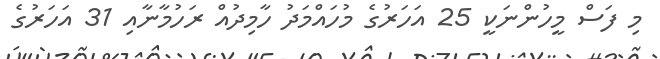
މި ފަސް މީހުންނަކީ 25 އަހަރުގެ މުހައްމަދު ހާމިދުއް ރަހުމާނާއި 31 އަހަރުގެ